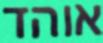
אוהד